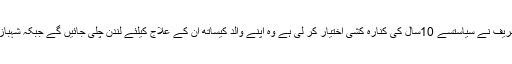
رپورٹ میں کہا گیا کہ باوثوق ذرائع نے مزید بتایا ہے کہ مریم نواز شریف نے سیاستسے 10سال کی کنارہ کشی اختیار کر لی ہے وہ اپنے والد کیساتھ ان کے علاج کیلئے لندن چلی جائیں گے جبکہ شہباز شریف آل ان آل بن گئے ہیں وہی یہاں حکومتی معاملات دیکھیں گے ۔